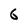
Character: G